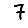
Digit: 7